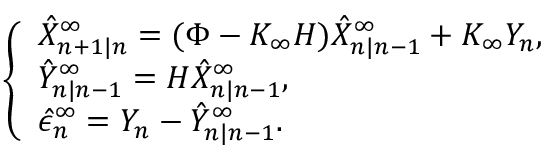
\begin{array} { r } { \left\{ \begin{array} { l l } { \hat { X } _ { n + 1 | n } ^ { \infty } = ( \Phi - K _ { \infty } H ) \hat { X } _ { n | n - 1 } ^ { \infty } + K _ { \infty } Y _ { n } , } \\ { \hat { Y } _ { n | n - 1 } ^ { \infty } = H \hat { X } _ { n | n - 1 } ^ { \infty } , } \\ { \hat { \epsilon } _ { n } ^ { \infty } = Y _ { n } - \hat { Y } _ { n | n - 1 } ^ { \infty } . } \end{array} \right. } \end{array}